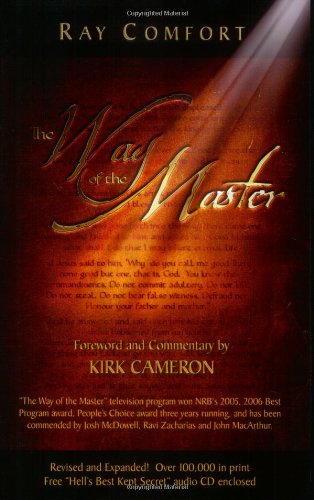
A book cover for Way Of The Master; Ray Comfort; Christian Books & Bibles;